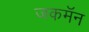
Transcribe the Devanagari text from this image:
जकमॅन